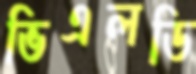
ভিএলডি